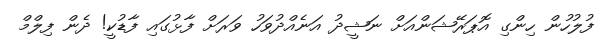
ފުލުހުން ހިންގި އޮޕަރޭޝަންއަށް ނަޝީދު އަނެއްދުވަހު ވަރަށް ފާޅުގައި ފާޑުކީ! ދެން ފިލްމް